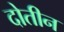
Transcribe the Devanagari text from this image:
दोतीन